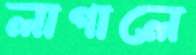
লাগালে